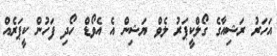
އަހަރު ރަޝިއާގެ ގޯލްކީޕަރު ލެވް ޔަޝިން އެ އެވޯޑް ހޯދި ފަހުން ކީޕަރެއް